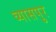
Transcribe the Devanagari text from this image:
व्‍यासपुर